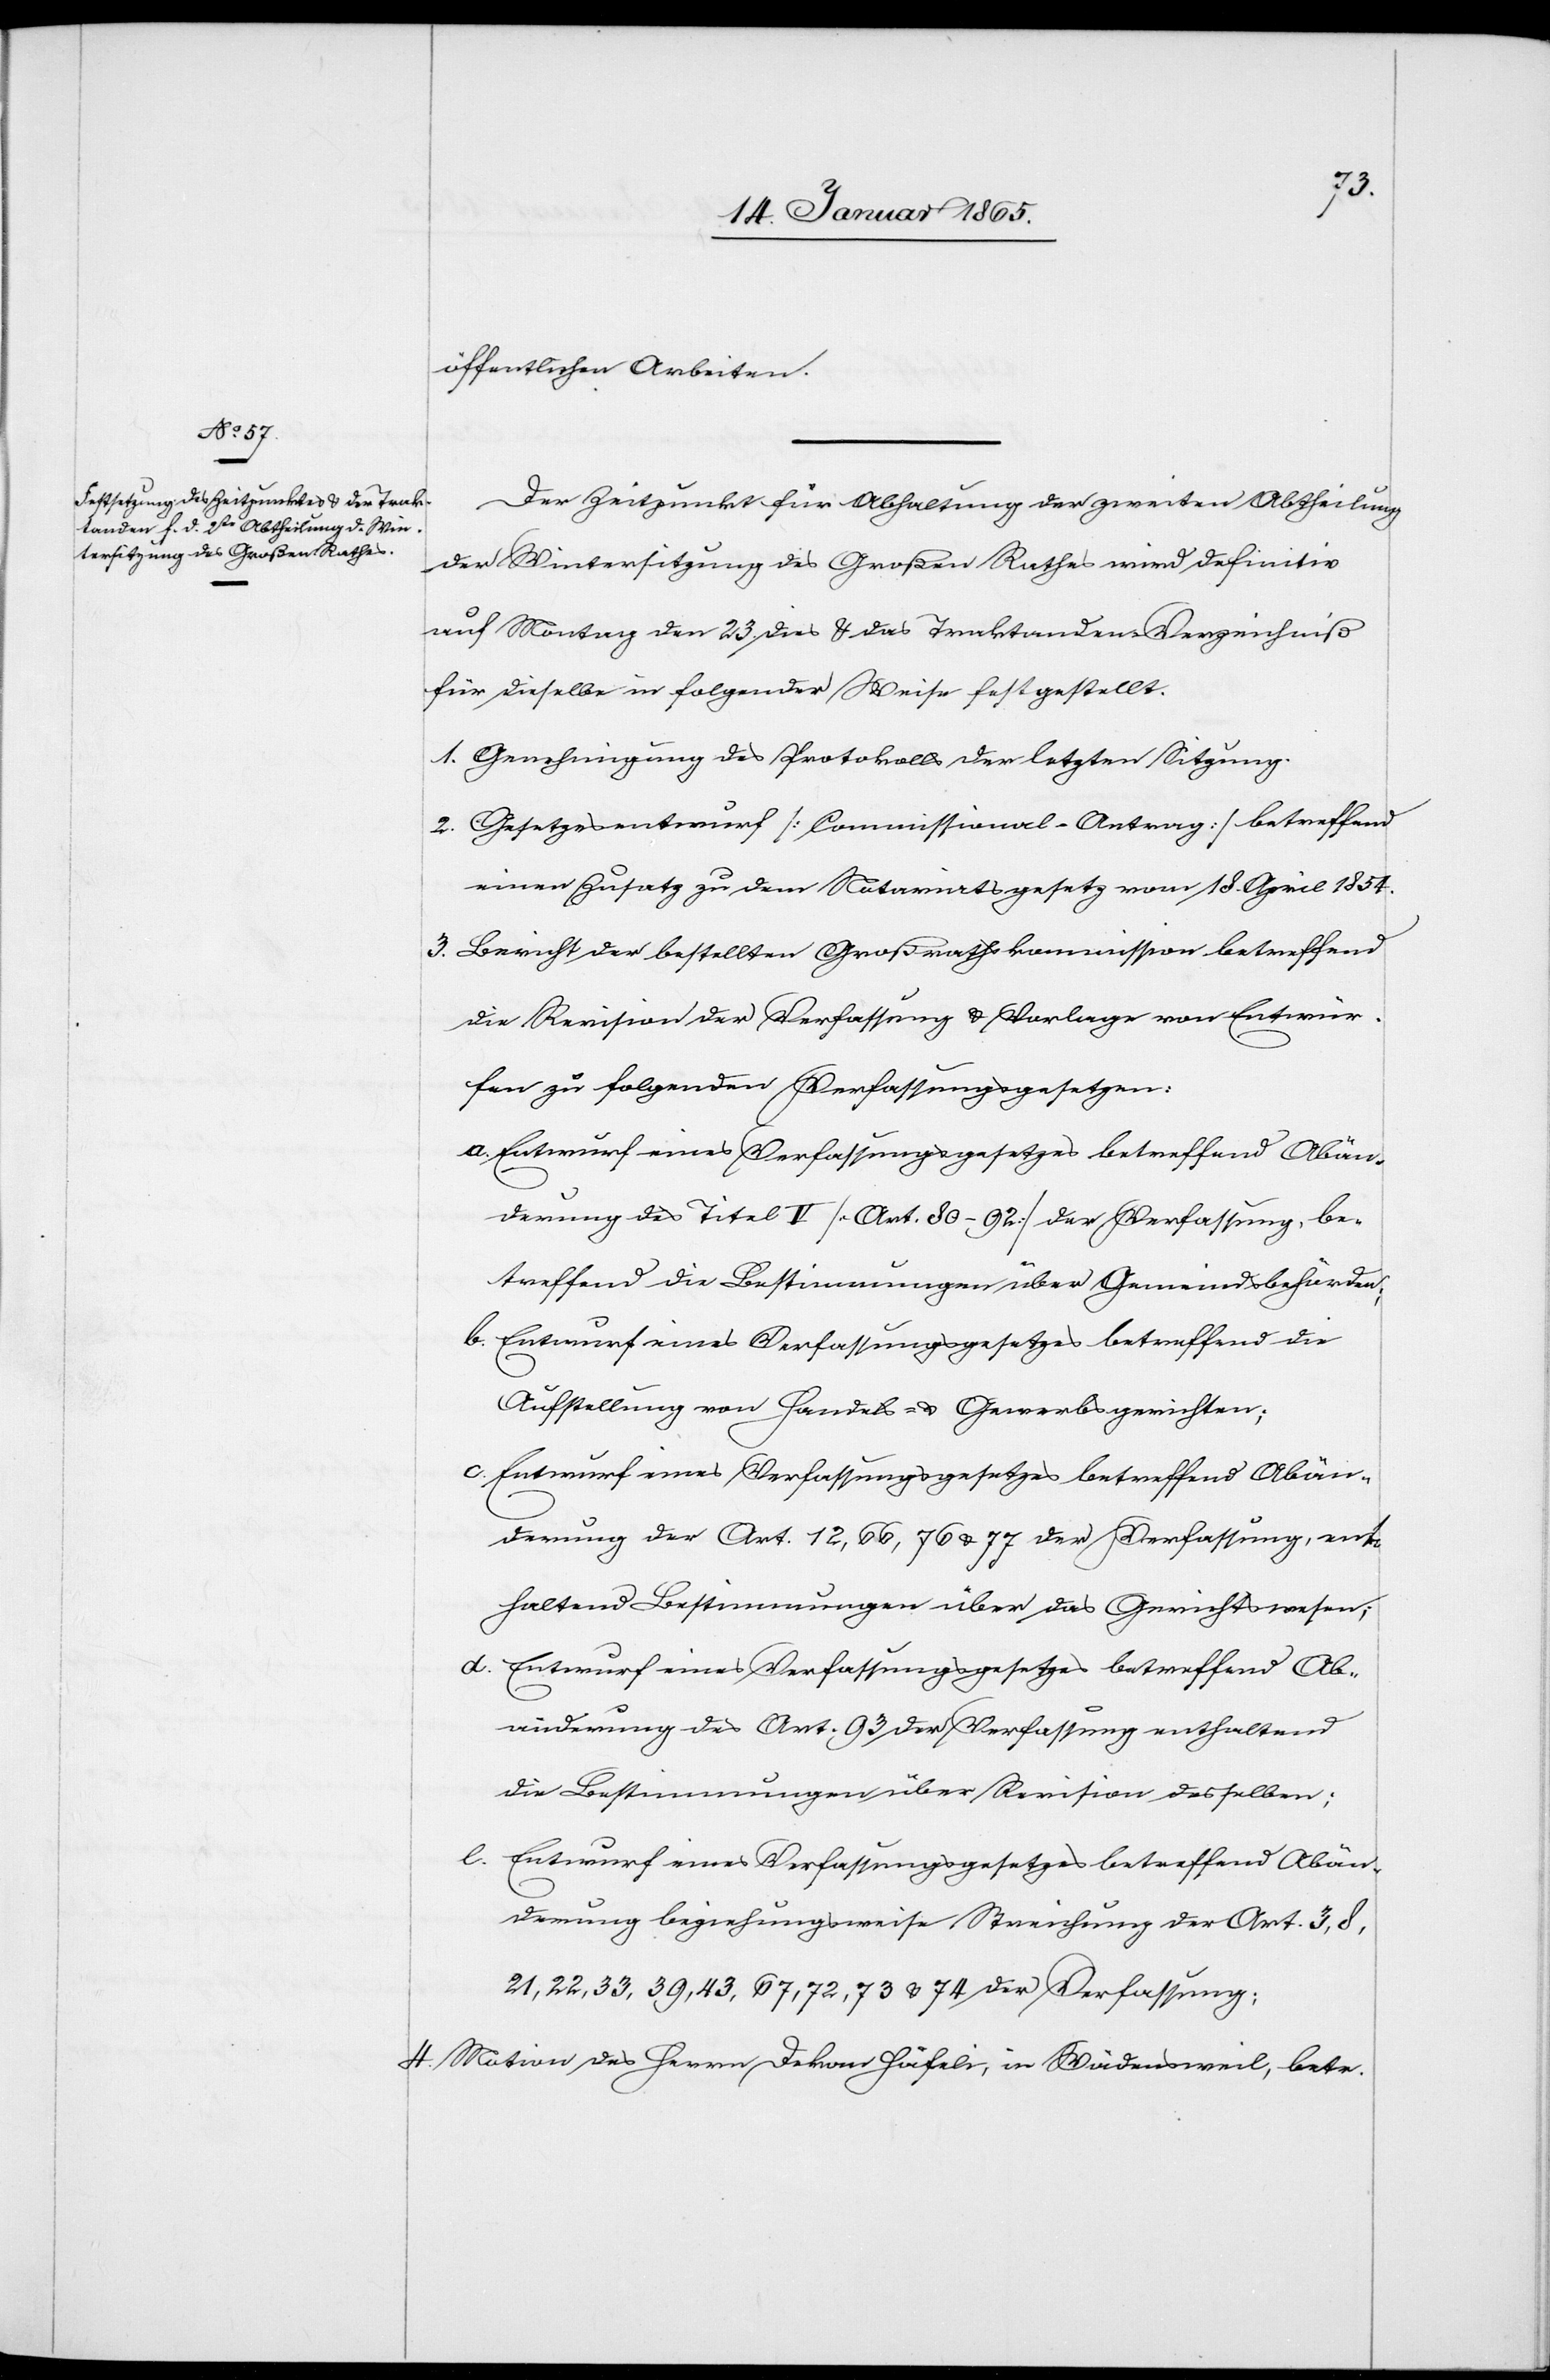
öffentlichen Arbeiten.
Der Zeitpunkt für Abhaltung der zweiten Abtheilung
der Wintersitzung des Großen Rathes wird definitiv
auf Montag den 23. dies u. das Traktanden-Verzeichniß
für dieselbe in folgender Weise festgestellt:
1. Genehmigung des Protokolls der letzten Sitzung.
2. Gesetzesentwurf [Commissional-Antrag] betreffend
einen Zusatz zu dem Notariatsgesetz vom 18. April 1854.
3. Bericht der bestellten Großrathskommission betreffend
die Revision der Verfassung u. Vorlage von Entwür¬
fen zu folgenden Verfassungsgesetzen:
derung des Titel V [Art. 80–92] der Verfassung, be¬
treffend die Bestimmungen über Gemeindsbehörden;
b. Entwurf eines Verfassungsgesetzes betreffend die
Aufstellung von Handels- und Gewerbsgerichten;
c. Entwurf eines Verfassungsgesetzes betreffend Abän¬
derung der Art. 12, 66, 76 u. 77 der Verfassung, ent¬
haltend Bestimmungen über das Gerichtswesen;
d. Entwurf eines Verfassungsgesetzes betreffend Ab¬
änderung des Art. 93 der Verfassung enthaltend
die Bestimmungen über Revision desselben;
e. Entwurf eines Verfassungsgesetzes betreffend Abän¬
derung beziehungsweise Streichung der Art. 3, 8,
21, 22, 33, 39, 43, 67, 72, 73 u. 74 der Verfassung;
4. Motion des Herrn Dekan Häfeli, in Wädensweil, betr.